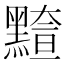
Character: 𪒇